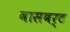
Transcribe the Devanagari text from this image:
वासबर्ट